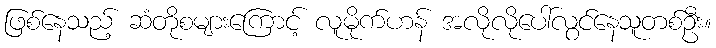
ဖြစ်နေသည့် ဆံတိုစများကြောင့် လူမိုက်ဟန် အလိုလိုပေါ်လွင်နေသူတစ်ဦး။